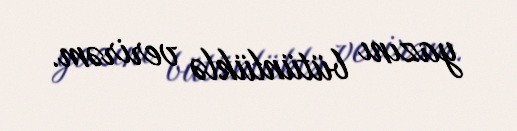
yazını bütünlüklə verirəm.